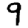
Digit: 9